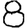
Digit: 8